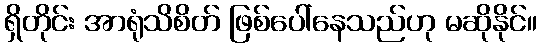
ရှိတိုင်း အာရုံသိစိတ် ဖြစ်ပေါ်နေသည်ဟု မဆိုနိုင်။